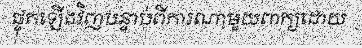
ផ្ទុកឡើងវិញបន្ទាប់ពីការណាមួយពាក្យដោយ